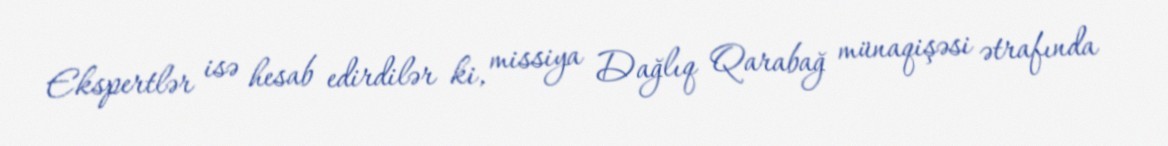
Ekspertlər isə hesab edirdilər ki, missiya Dağlıq Qarabağ münaqişəsi ətrafında